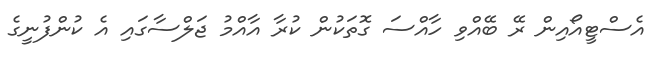
އެސްޓީއޯއިން ރޭ ބޭއްވި ހާއްސަ ގޮތަކުން ކުރާ އާއްމު ޖަލްސާގައި އެ ކުންފުނީގެ